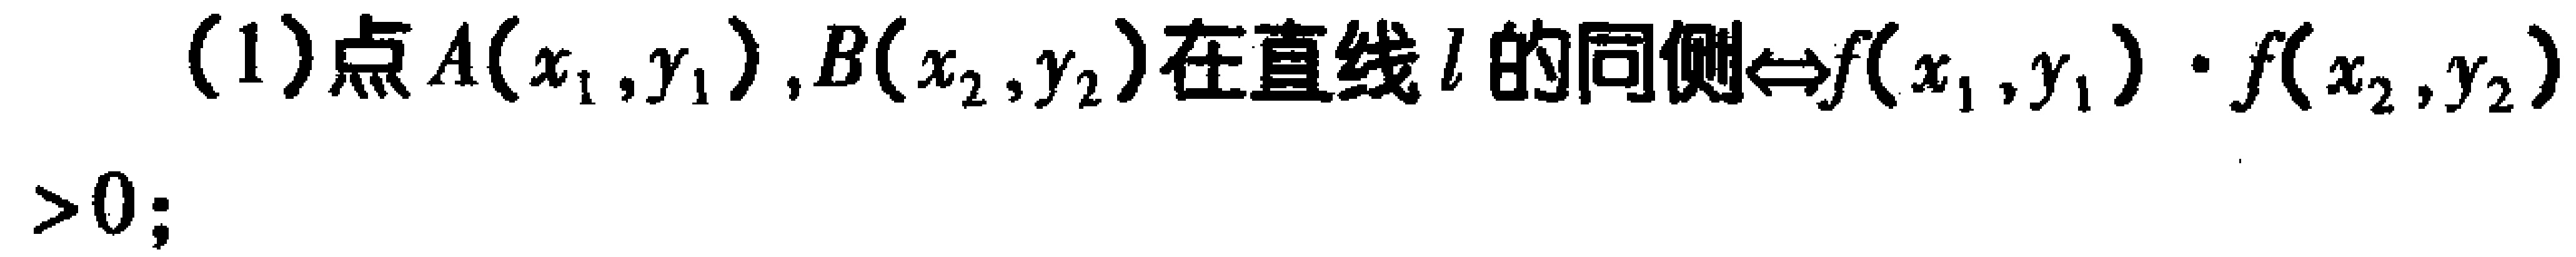
(1)点\(A(x_{1},y_{1}),B(x_{2},y_{2})\)在直线\(l\)的同侧\(\Leftrightarrow f(x_{1},y_{1})\cdot f(x_{2},y_{2})>0\);